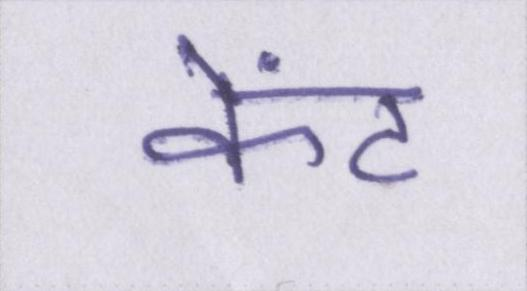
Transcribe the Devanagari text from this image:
केंट